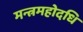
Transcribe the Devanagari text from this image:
मन्त्रमहोदधि